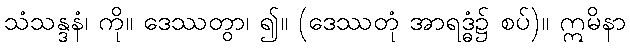
သံသန္ဒနံ၊ ကို။ ဒေဿတွာ၊ ၍။ (ဒေဿတုံ အာရဒ္ဓံ၌ စပ်)။ ဣမိနာ